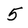
Character: 5